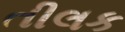
તીલક